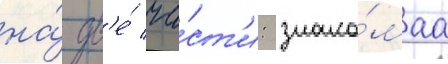
на́ дв'е́ ча́ст'и: знако́маа